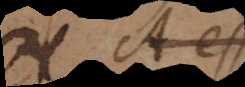
A est